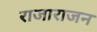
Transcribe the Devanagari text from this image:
राजाराजन